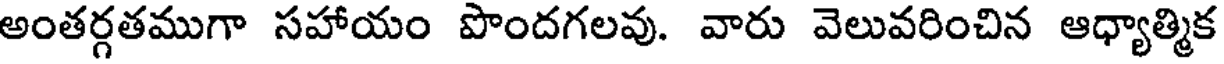
అంతర్గతముగా సహాయం పొందగలవు. వారు వెలువరించిన ఆధ్యాత్మిక